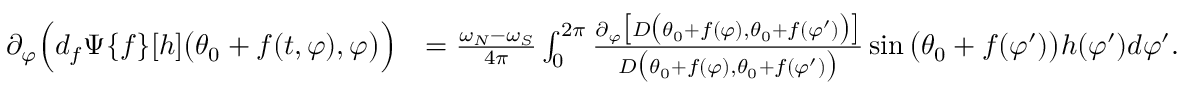
\begin{array} { r l } { \partial _ { \varphi } \Big ( d _ { f } \Psi \{ f \} [ h ] \big ( \theta _ { 0 } + f ( t , \varphi ) , \varphi \big ) \Big ) } & { = \frac { \omega _ { N } - \omega _ { S } } { 4 \pi } \int _ { 0 } ^ { 2 \pi } \frac { \partial _ { \varphi } \big [ D \big ( \theta _ { 0 } + f ( \varphi ) , \theta _ { 0 } + f ( \varphi ^ { \prime } ) \big ) \big ] } { D \big ( \theta _ { 0 } + f ( \varphi ) , \theta _ { 0 } + f ( \varphi ^ { \prime } ) \big ) } \sin \big ( \theta _ { 0 } + f ( \varphi ^ { \prime } ) \big ) h ( \varphi ^ { \prime } ) d \varphi ^ { \prime } . } \end{array}